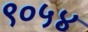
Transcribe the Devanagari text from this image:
९०५४